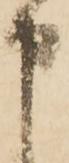
申